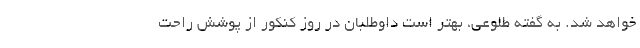
خواهد شد. به گفته طلوعی، بهتر است داوطلبان در روز کنکور از پوشش راحت